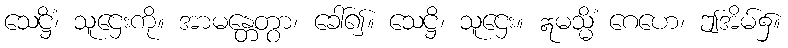
သေဋ္ဌိံ၊ သူဌေးကို။ အာမန္တေတွာ၊ ခေါ်၍။ သေဋ္ဌိ၊ သူဌေး။ ဣမသ္မိံ ဂေဟေ၊ ဤအိမ်၌။